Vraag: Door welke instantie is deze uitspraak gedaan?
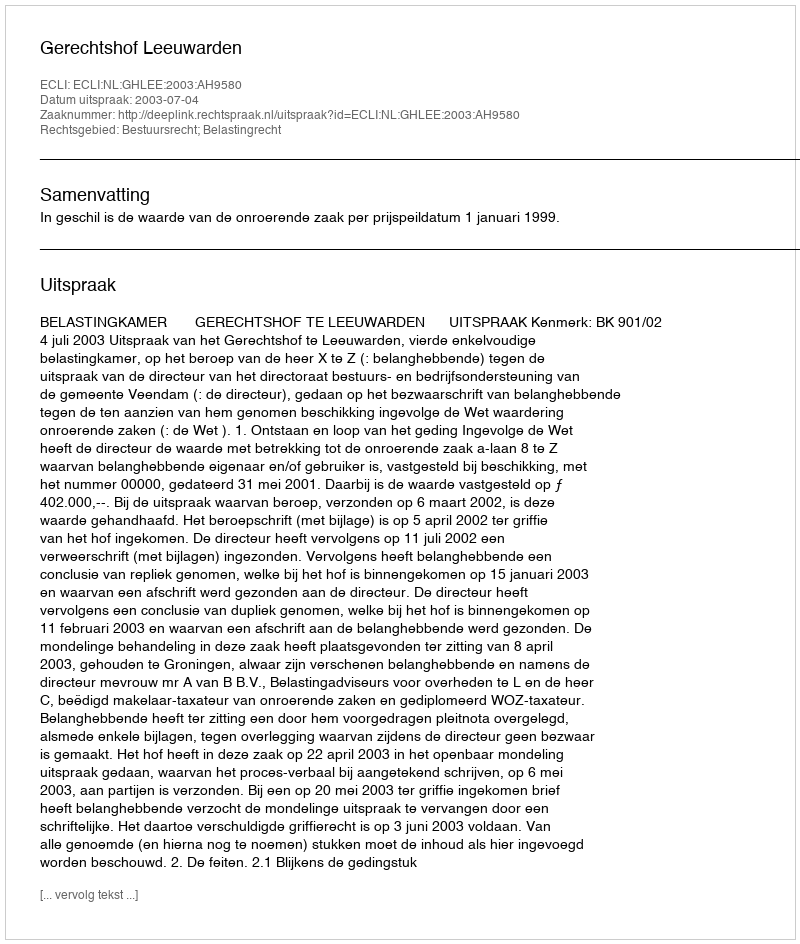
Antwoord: Gerechtshof Leeuwarden